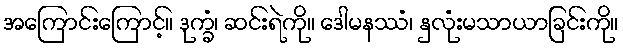
အကြောင်းကြောင့်။ ဒုက္ခံ၊ ဆင်းရဲကို။ ဒေါမနဿံ၊ နှလုံးမသာယာခြင်းကို။